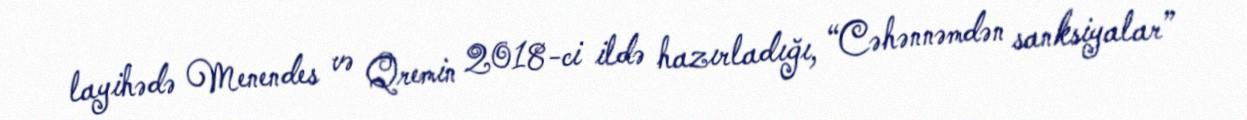
layihədə Menendes və Qremin 2018-ci ildə hazırladığı, “Cəhənnəmdən sanksiyalar”